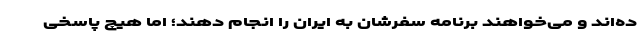
ده‌اند و می‌خواهند برنامه سفرشان به ایران را انجام دهند؛ اما هیچ پاسخی